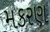
મકરણ